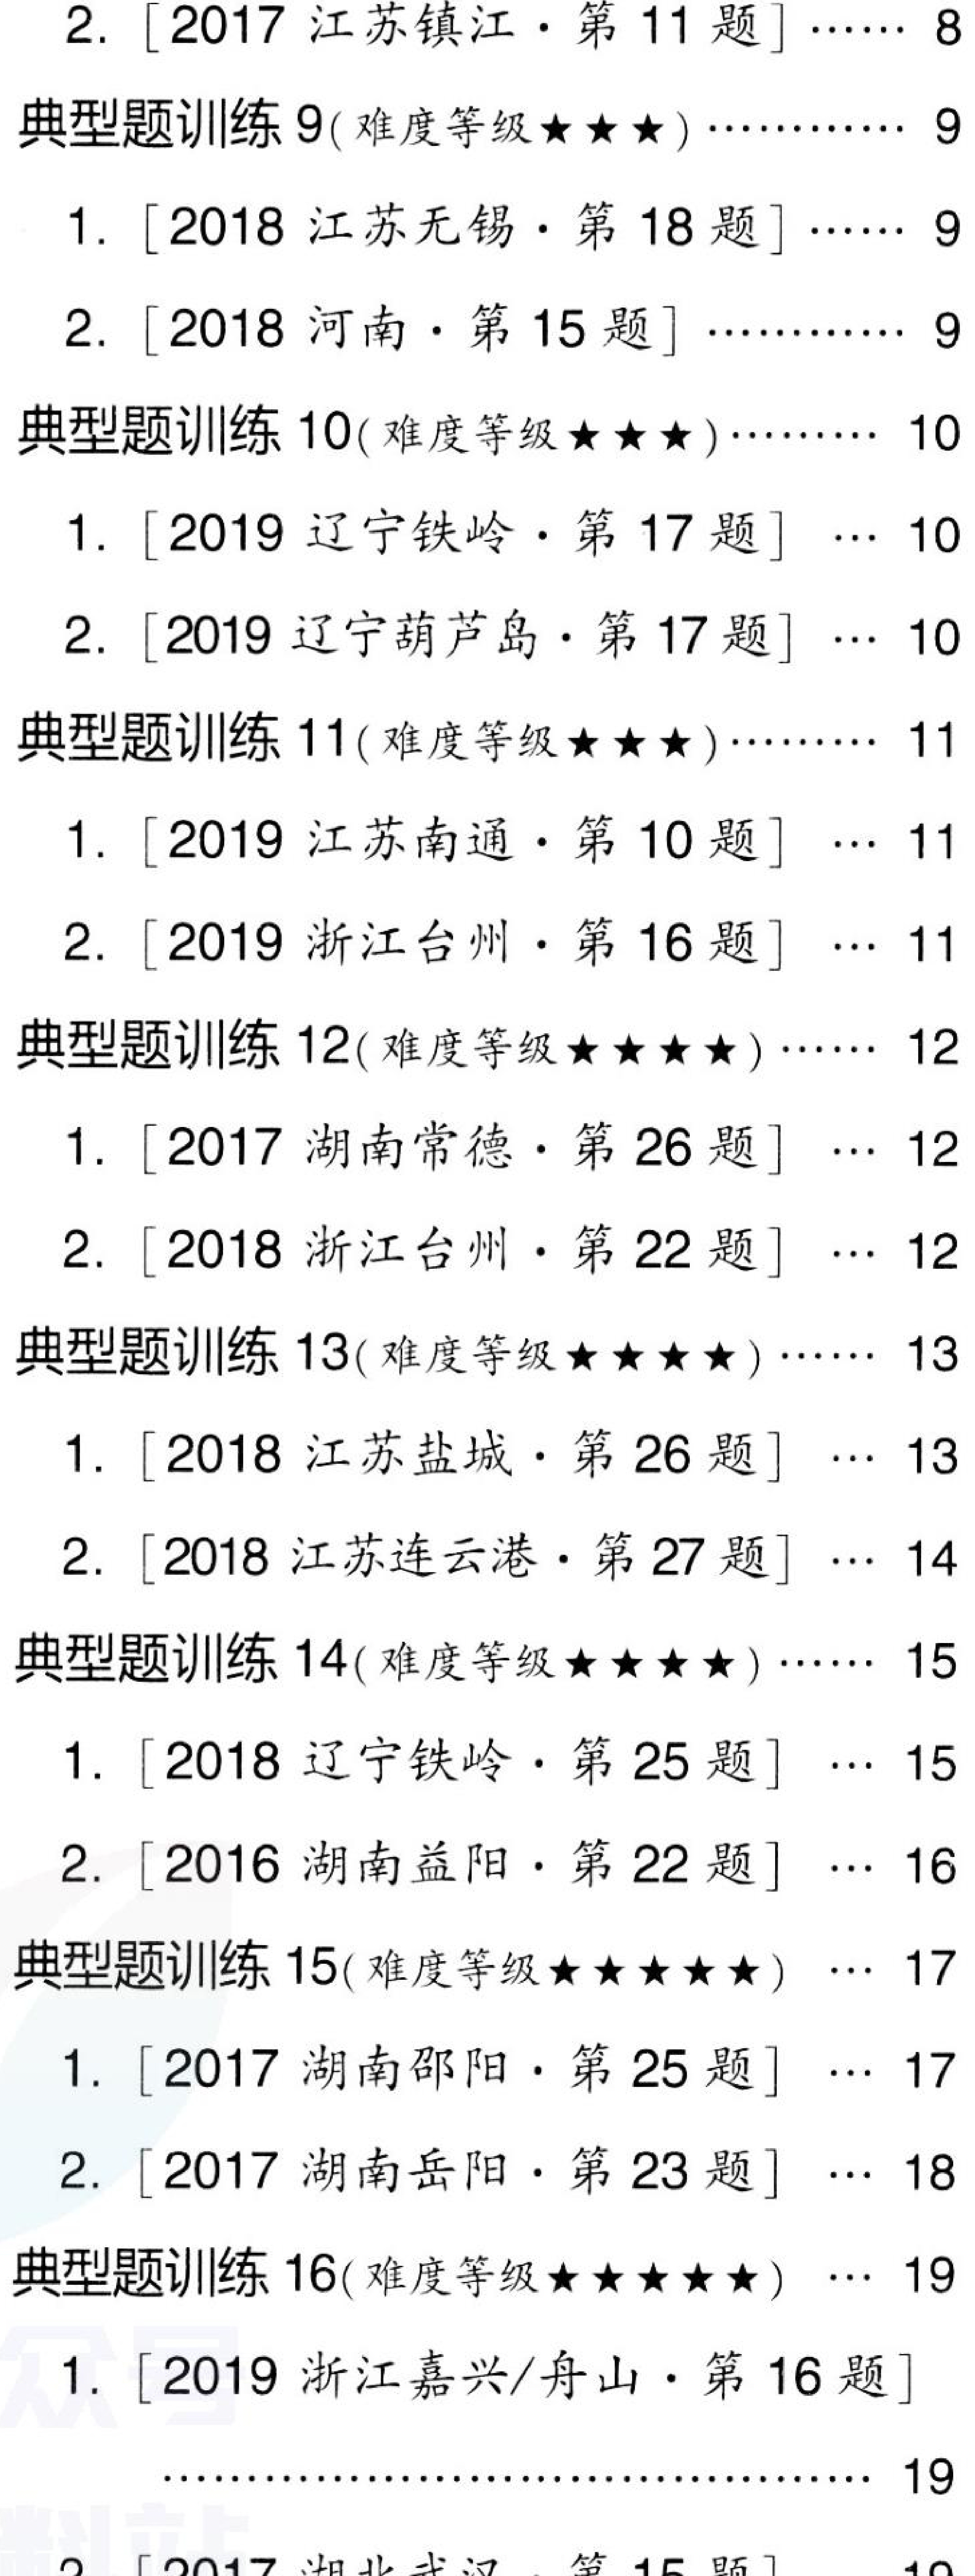
2. [2017 江苏镇江·第 11 题]…… 8
典型题训练 9(难度等级★★★)………… 9
1. [2018 江苏无锡·第 18 题]…… 9
2. [2018 河南·第 15 题]………… 9
典型题训练 10(难度等级★★★)……… 10
1. [2019 辽宁铁岭·第 17 题] … 10
2. [2019 辽宁葫芦岛·第 17 题] … 10
典型题训练 11(难度等级★★★)……… 11
1. [2019 江苏南通·第 10 题] … 11
2. [2019 浙江台州·第 16 题] … 11
典型题训练 12(难度等级★★★★)…… 12
1. [2017 湖南常德·第 26 题] … 12
2. [2018 浙江台州·第 22 题] … 12
典型题训练 13(难度等级★★★★)…… 13
1. [2018 江苏盐城·第 26 题] … 13
2. [2018 江苏连云港·第 27 题] … 14
典型题训练 14(难度等级★★★★)…… 15
1. [2018 辽宁铁岭·第 25 题] … 15
2. [2016 湖南益阳·第 22 题] … 16
典型题训练 15(难度等级★★★★★) … 17
1. [2017 湖南邵阳·第 25 题] … 17
2. [2017 湖南岳阳·第 23 题] … 18
典型题训练 16(难度等级★★★★★) … 19
1. [2019 浙江嘉兴/舟山·第 16 题] … 19
2. [2017 湖北武汉·第 15 题] … 19